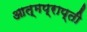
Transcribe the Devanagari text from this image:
आत्मप्राप्ती